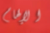
الإلهام